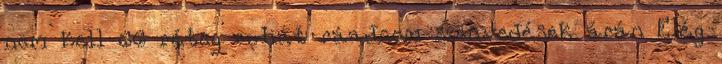
nem kell 66 réteg ruhát ráadnom szenvedések árán Elég